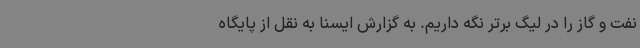
نفت ‌و ‌گاز را در لیگ برتر نگه داریم. به گزارش ایسنا به نقل از پایگاه